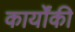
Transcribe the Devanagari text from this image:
कार्योंकी